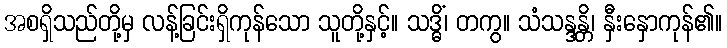
အစရှိသည်တို့မှ လန့်ခြင်းရှိကုန်သော သူတို့နှင့်။ သဒ္ဓိံ၊ တကွ။ သံသန္ဒန္တိ၊ နှီးနှောကုန်၏။